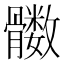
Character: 𲌔